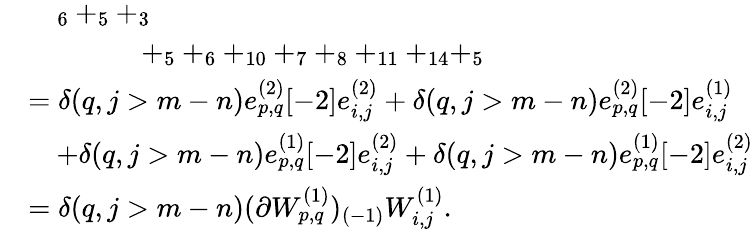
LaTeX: \begin{array}{rl}&{\quad_{6}+_{5}+_{3}}\\ &{\qquad\qquad+_{5}+_{6}+_{10}+_{7}+_{8}+_{11}+_{14}+_{5}}\\ &{=\delta(q,j>m-n)e_{p,q}^{(2)}[-2]e_{i,j}^{(2)}+\delta(q,j>m-n)e_{p,q}^{(2)}[-2]e_{i,j}^{(1)}}\\ &{\quad+\delta(q,j>m-n)e_{p,q}^{(1)}[-2]e_{i,j}^{(2)}+\delta(q,j>m-n)e_{p,q}^{(1)}[-2]e_{i,j}^{(2)}}\\ &{=\delta(q,j>m-n)(\partial W_{p,q}^{(1)})_{(-1)}W_{i,j}^{(1)}.}\end{array}